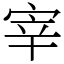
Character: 宰